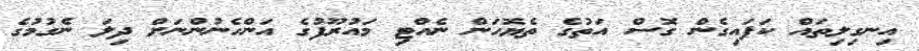
އިނގިލިތައް ކަފައިގެން ގޮސް އަތުގެ ތެޔޮހަން ނެއްޓި މައުރޫފުގެ އަންހެނުންނަށް ދިލަ ނެގުމުގެ